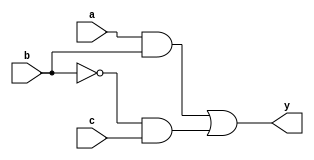
module combinational_logic_block (
    input wire a,      // Input variable a
    input wire b,      // Input variable b
    input wire c,      // Input variable c
    output wire y      // Output variable y
);

// Logic expression derived from minimization techniques
// Example: y = (a AND b) OR (NOT b AND c)
// This is a placeholder; replace it with your minimized expression

assign y = (a & b) | (~b & c);

endmodule